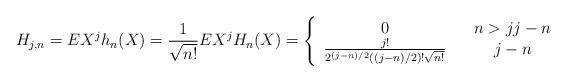
LaTeX: \begin{align*}H_{j,n}=EX^{j}h_{n}(X)=\frac{1}{\sqrt{n!}}EX^{j}H_{n}(X)=\left\{ \begin{array}{ccc}0 & & n>jj-n \\ \frac{j!}{2^{(j-n)/2}((j-n)/2)!\sqrt{n!}} & & j-n\end{array}\right. \end{align*}